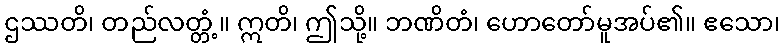
ဌဿတိ၊ တည်လတ္တံ့။ ဣတိ၊ ဤသို့။ ဘဏိတံ၊ ဟောတော်မူအပ်၏။ ဧသော၊